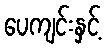
ပေကျင်းနှင့်